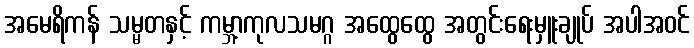
အမေရိကန် သမ္မတနှင့် ကမ္ဘာ့ကုလသမဂ္ဂ အထွေထွေ အတွင်းရေးမှူးချုပ် အပါအဝင်